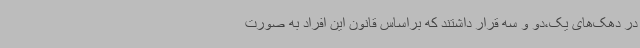
در دهک‌های یک،دو و سه قرار داشتند که براساس قانون این افراد به صورت